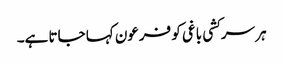
ہر سرکشی باغی کو فرعون کہا جاتا ہے۔